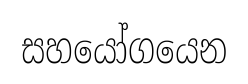
සහයෝගයෙන